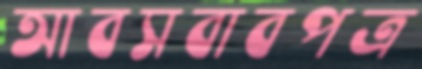
আবসবাবপত্র